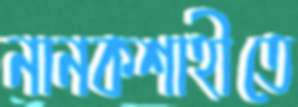
নানকশাহীতে